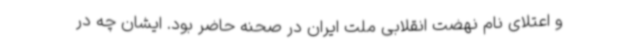
و اعتلای نام نهضت انقلابی ملت ایران در صحنه حاضر بود. ایشان چه در